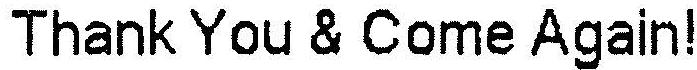
THANK YOU & COME AGAIN!